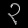
Digit: ၃